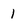
Character: 1